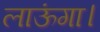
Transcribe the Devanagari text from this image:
लाऊंगा।